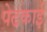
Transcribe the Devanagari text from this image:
पेढकाई